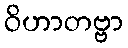
ဝိဟာတဗ္ဗာ